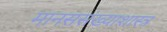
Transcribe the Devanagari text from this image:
मानससंख्याशास्त्र